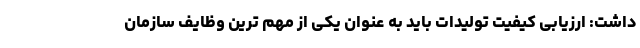
داشت: ارزیابی کیفیت تولیدات باید به عنوان یکی از مهم ترین وظایف سازمان